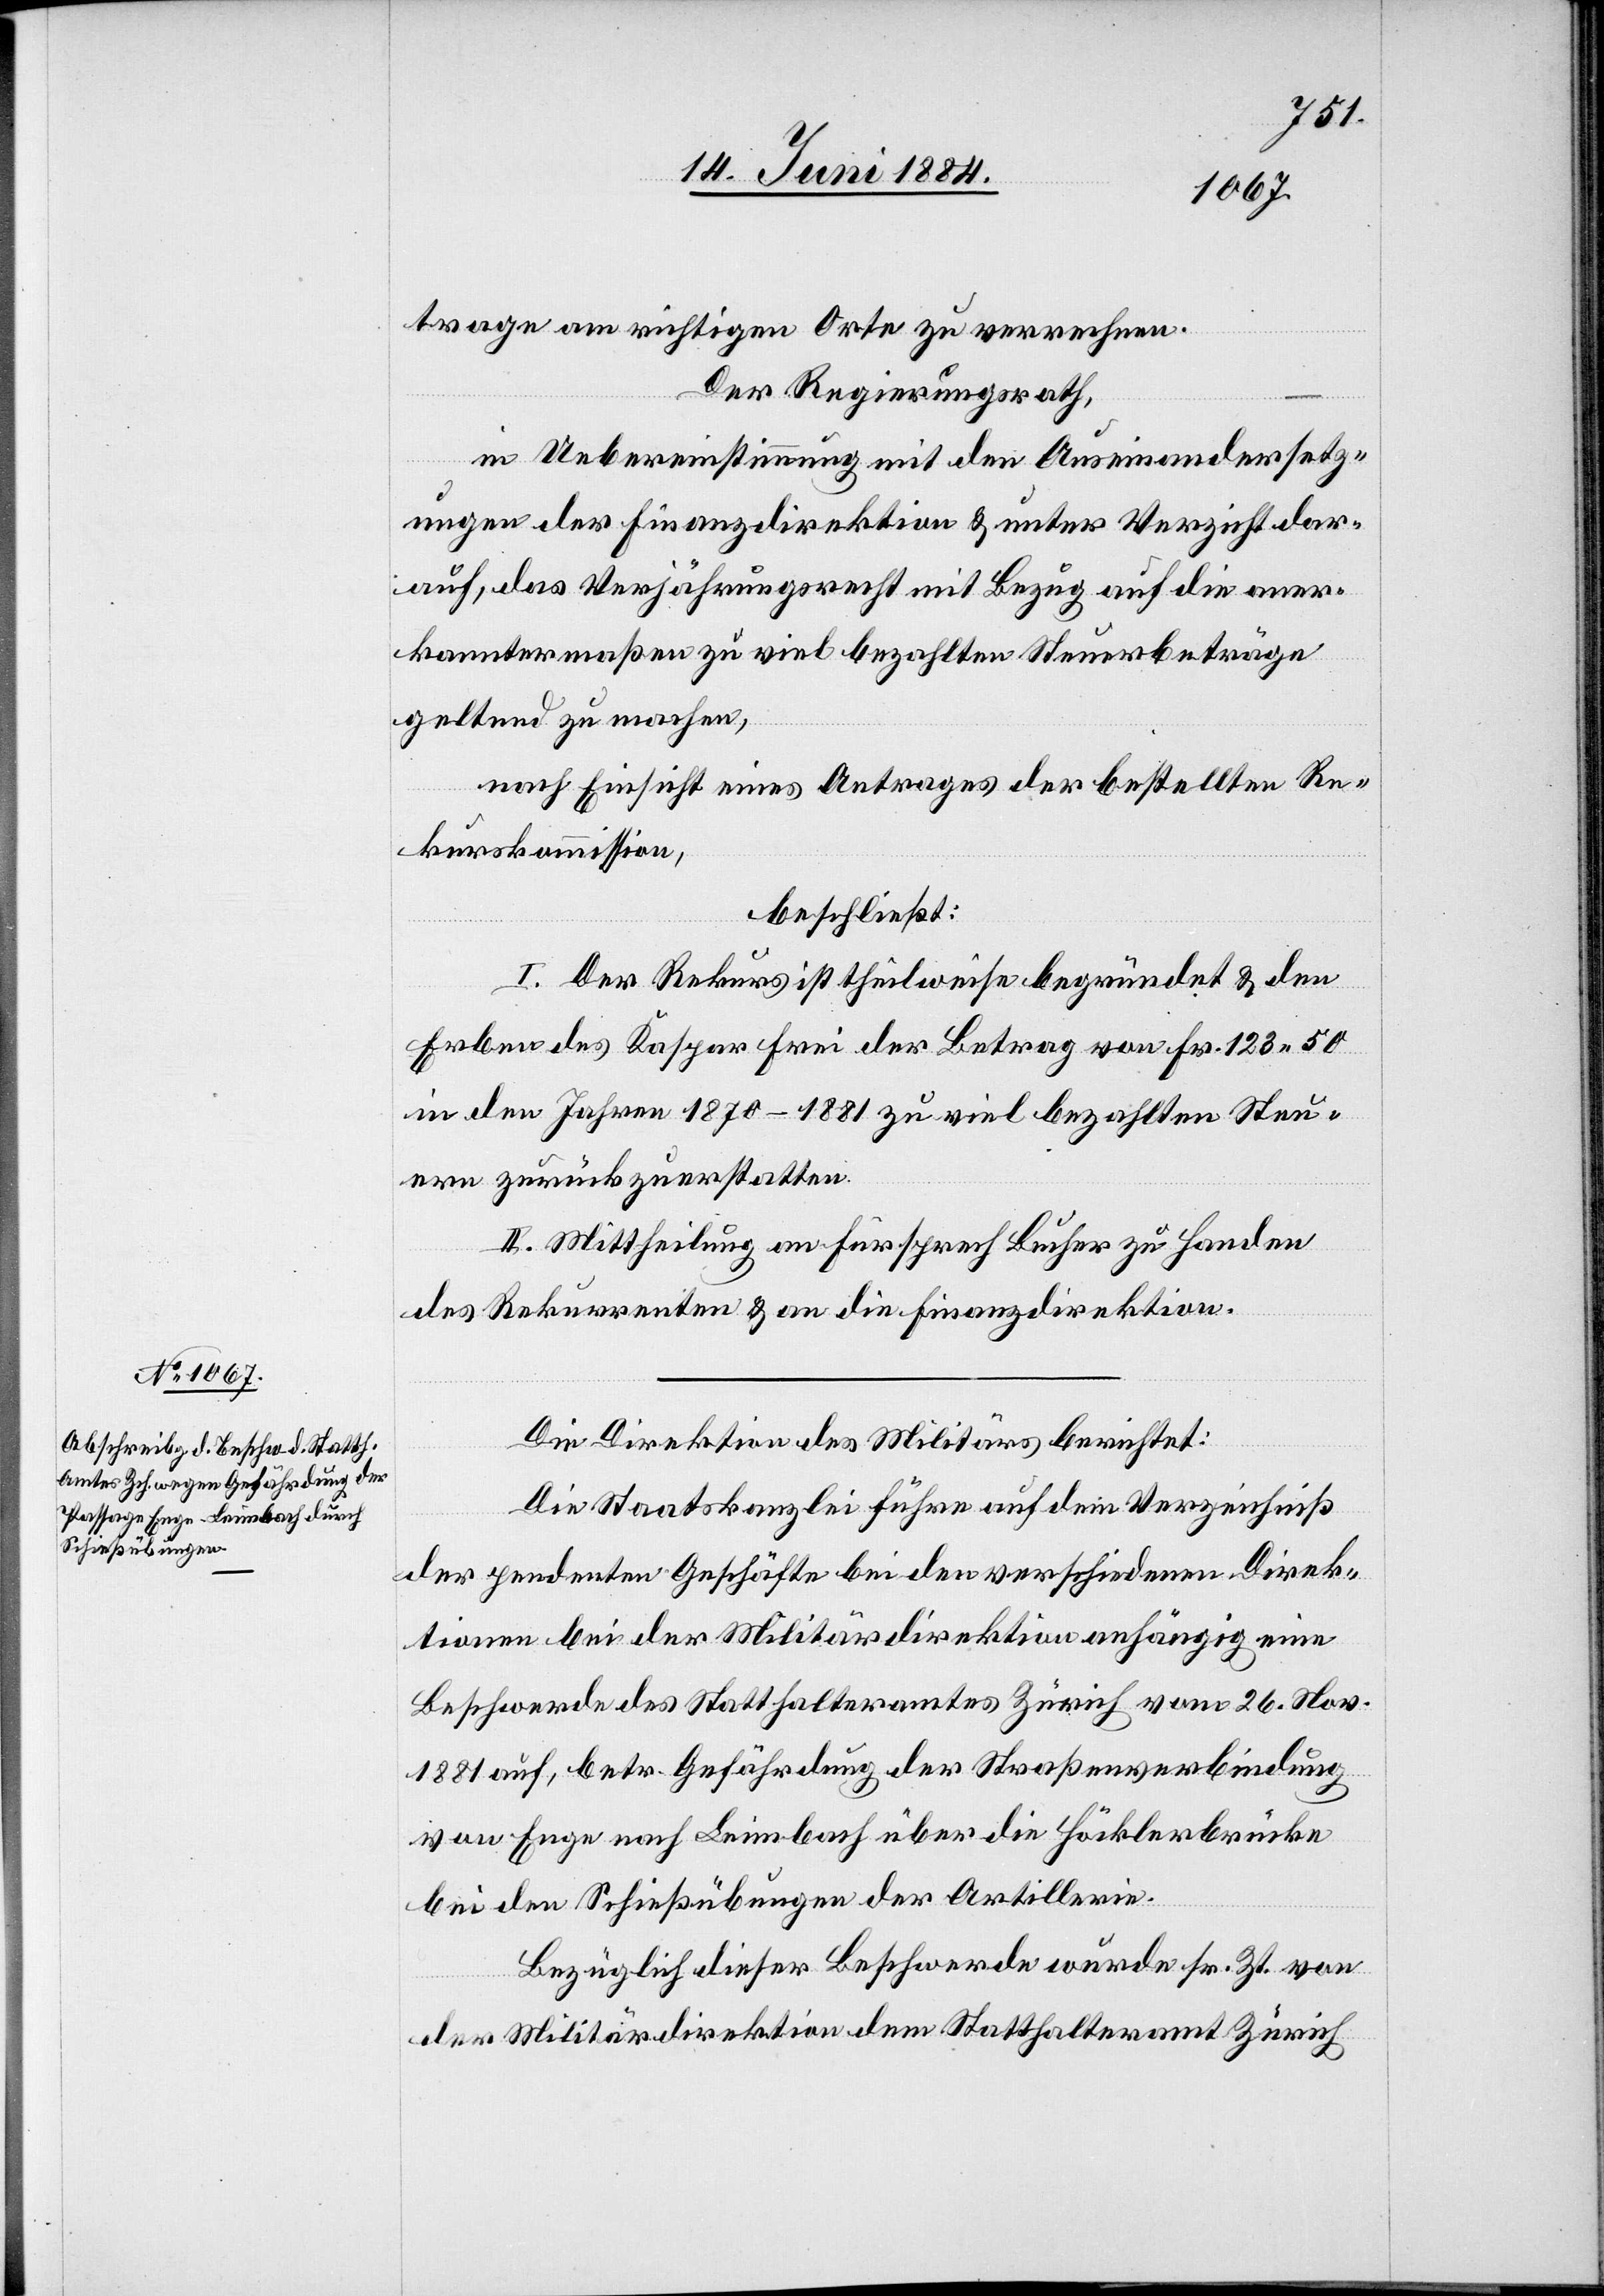
trage am richtigen Orte zu verrechnen.
Der Regierungsrath,
in Uebereinstimmung mit den Auseinandersetz¬
ungen der Finanzdirektion & unter Verzicht dar¬
auf, das Verjährungsrecht mit Bezug auf die aner¬
kanntermaßen zu viel bezahlten Sterbeträge
geltend zu machen,
nach Einsicht eines Antrages der bestellten Re¬
kurskommission,
beschließt:
I. Der Rekurs ist theilweise begründet & den
Erben des Kaspar Frei der Betrag von Fr. 123 50
in den Jahren 1870–1881 zu viel bezahlten Steu¬
ern zurückzuerstatten.
II. Mittheilung an Fürsprech Bucher zu Handen
des Rekurrenten & an die Finanzdirektion.
Die Direktion des Militärs berichtet:
Die Staatskanzlei führe auf dem Verzeichniß
der pendenten Geschäfte bei den verschiedenen Direk¬
tionen bei der Militärdirektion anhängig eine
Beschwerde des Statthalteramtes Zürich vom 26. Nov.
1881 auf, betr. Gefährdung der Straßenverbindung
von Enge nach Leimbach über die Höcklerbrücke
bei den Schießübungen der Artillerie.
Bezüglich dieser Beschwerde wurde sr. Zt. von
der Militärdirektion dem Statthalteramt Zürich